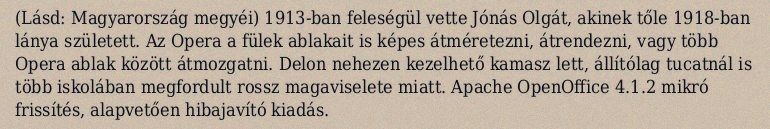
(Lásd: Magyarország megyéi) 1913-ban feleségül vette Jónás Olgát, akinek tőle 1918-ban lánya született. Az Opera a fülek ablakait is képes átméretezni, átrendezni, vagy több Opera ablak között átmozgatni. Delon nehezen kezelhető kamasz lett, állítólag tucatnál is több iskolában megfordult rossz magaviselete miatt. Apache OpenOffice 4.1.2 mikró frissítés, alapvetően hibajavító kiadás.